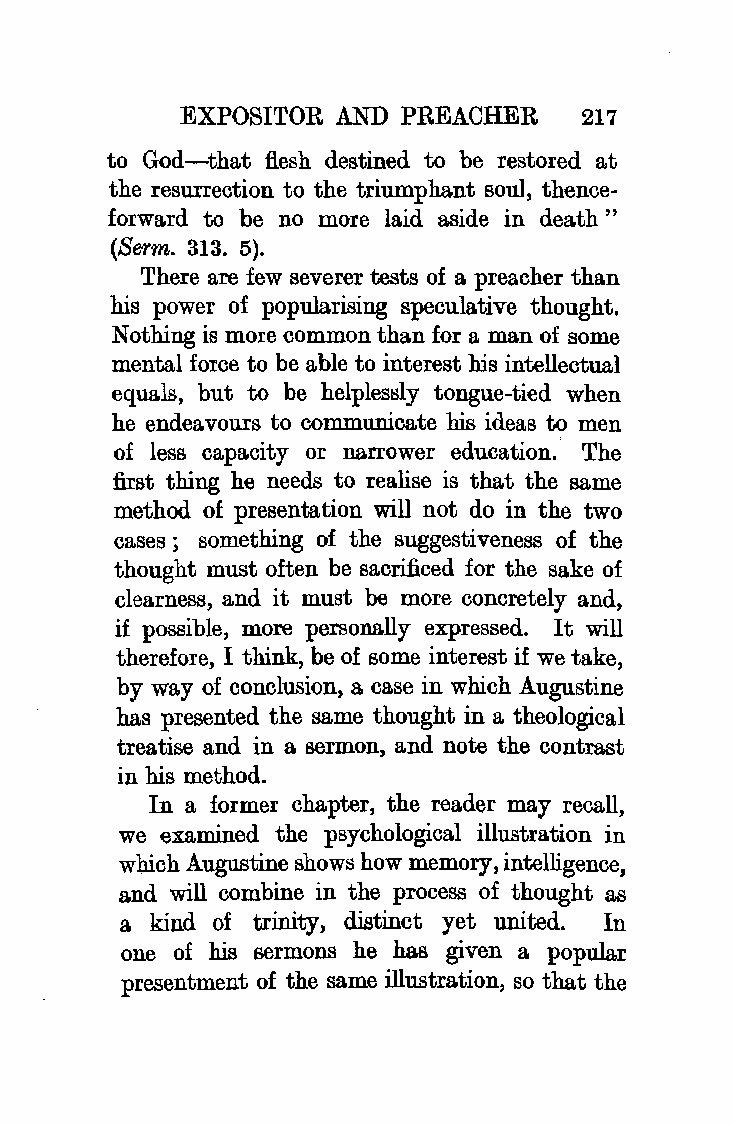
EXPOSITOR  AND PREACHER    217
 to God-that flesh destined to be restored at
 the resurrection to the triumphant soul, thence
 forward to be no more laid aside in death"
 (Se:rm. 313. 5).
 There are few severer tests of a preacher than
 his power of popularising speculative thought.
 Nothing is more common than for a man of some
 mental force to be able to interest his intellectual
 equals, but to be helplessly tongue-tied when
 he endeavours to communicate his ideas to men
 of less capacity or narrower education. The
 first thing he needs to realise is that the same
 method of presentation will not do in the two
 cases; something of the suggestiveness of the
 thought must often be sacrificed for the sake of
 clearness, and it must be more concretely and,
 if possible, more personally expressed. It will
 therefore, I think, be of some interest if we take,
 by way of conclusion, a case in which Augustine
 has presented the same thought in a theological
 treatise and in a sermon, and note the contrast
 in his method.
 In a former chapter, the reader may recall,
 we examined the psychological illustration in
 which Augustine shows how memory, intelligence,
 and will combine in the process of thought as
 a kind of trinity, distinct yet united. In
 one of his sermons he has given a popular
 presentment of the same illustration, so that the